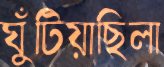
ঘুঁটিয়াছিলা